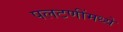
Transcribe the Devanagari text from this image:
पलटणींमध्ये